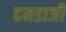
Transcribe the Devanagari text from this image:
दमडाजी